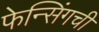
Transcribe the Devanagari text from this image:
फेन्सिंगची